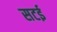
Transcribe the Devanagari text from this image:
सटई